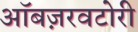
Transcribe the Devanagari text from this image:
ऑबज़रवटोरी